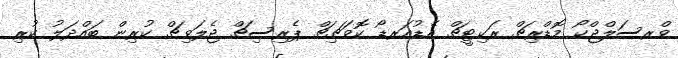
ވްރސަލްޖްކޯ މޮޑްރިޗް ރަކިޓީޗް އެޑުއަރޑޯ ކޮވަޗިޗް ޕެރިސިޗް ޖެލަވިޗް ކުރިން ބައްދަލު ކުރި